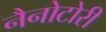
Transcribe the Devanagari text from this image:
नैनोटोरी